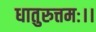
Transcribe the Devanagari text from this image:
धातुरुत्तमः।।